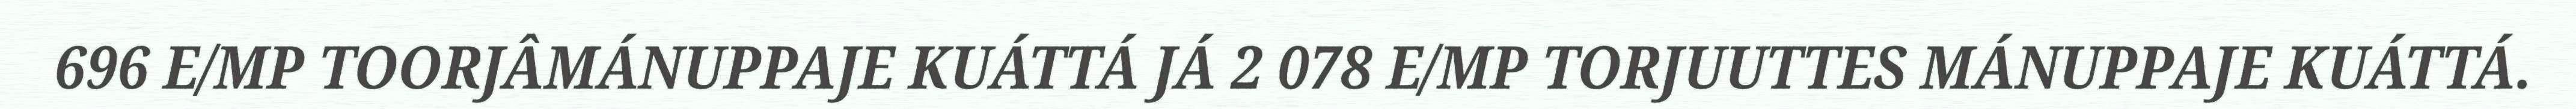
696 E/MP TOORJÂMÁNUPPAJE KUÁTTÁ JÁ 2 078 E/MP TORJUUTTES MÁNUPPAJE KUÁTTÁ.